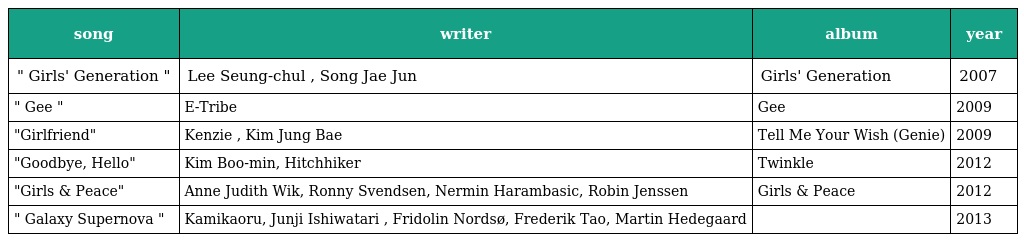
| song | writer | album | year |
 | --- | --- | --- | --- |
 | " Girls' Generation " | Lee Seung-chul , Song Jae Jun | Girls' Generation | 2007 |
 | " Gee " | E-Tribe | Gee | 2009 |
 | "Girlfriend" | Kenzie , Kim Jung Bae | Tell Me Your Wish (Genie) | 2009 |
 | "Goodbye, Hello" | Kim Boo-min, Hitchhiker | Twinkle | 2012 |
 | "Girls & Peace" | Anne Judith Wik, Ronny Svendsen, Nermin Harambasic, Robin Jenssen | Girls & Peace | 2012 |
 | " Galaxy Supernova " | Kamikaoru, Junji Ishiwatari , Fridolin Nordsø, Frederik Tao, Martin Hedegaard |  | 2013 |